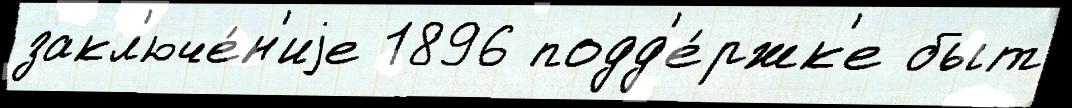
закл'юче́н'иjе 1896 подд'е́ржк'е быт